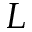
L